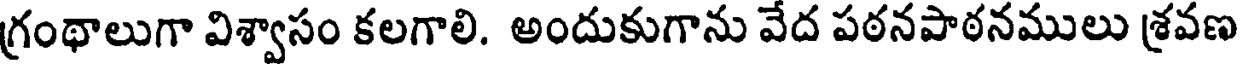
గ్రంథాలుగా విశ్వాసం కలగాలి. అందుకుగాను వేద పఠనపాఠనములు శ్రవణ